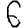
Digit: 6